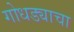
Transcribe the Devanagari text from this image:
गोधड्याचा